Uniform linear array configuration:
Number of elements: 4
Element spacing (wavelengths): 1
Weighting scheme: hamming
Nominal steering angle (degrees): -30
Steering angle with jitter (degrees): -28.089
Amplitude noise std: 0.05
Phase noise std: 0.05

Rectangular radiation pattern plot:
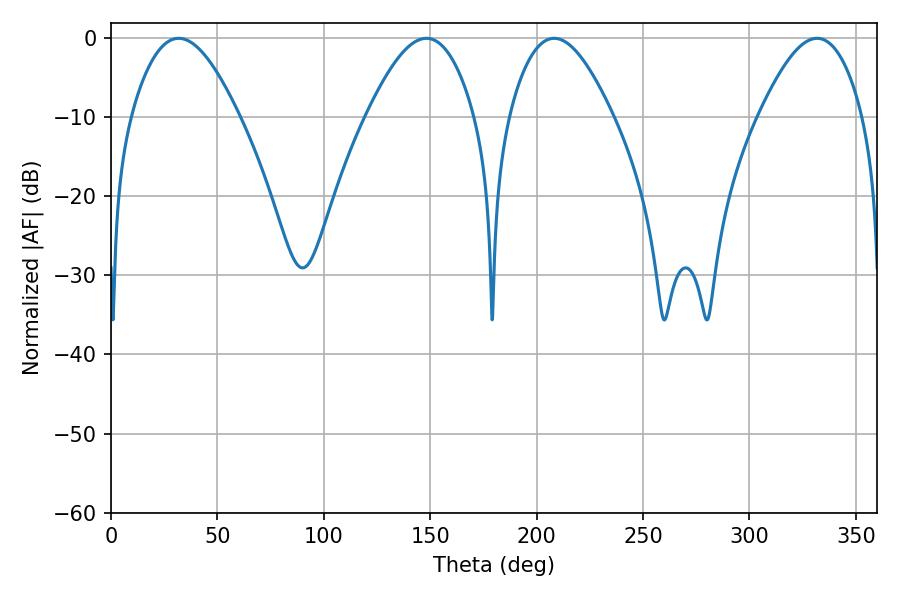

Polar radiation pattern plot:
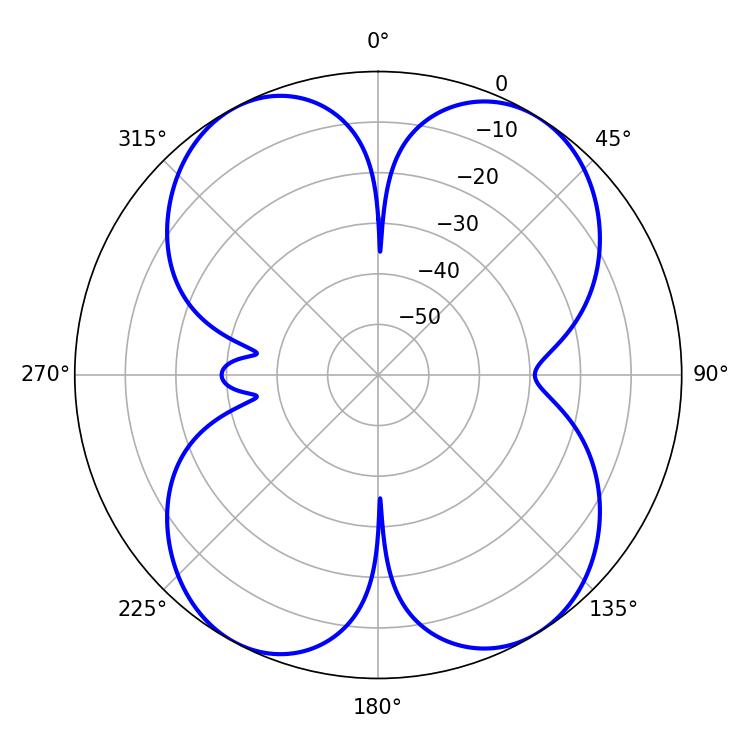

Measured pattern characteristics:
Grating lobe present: TRUE
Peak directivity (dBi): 14.453
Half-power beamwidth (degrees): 26.46
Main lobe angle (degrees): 208.26